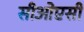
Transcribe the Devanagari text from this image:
सीओएसी